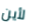
لأين